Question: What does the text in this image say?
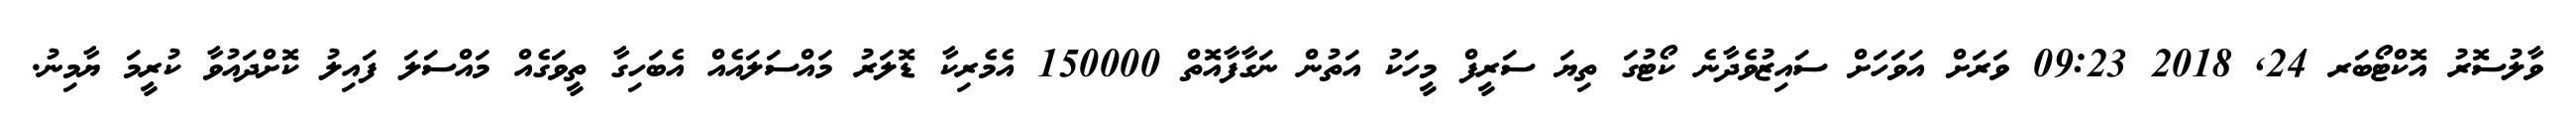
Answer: ވާލުސޮރު އޮކްޓޯބަރ 24, 2018 09:23 ވަރަށް އަވަހަށް ސައިޒުވެދާނެ ކޯޓުގަ ތިޔަ ސަރީފް މީހަކު އަތުން ނަގާފާއޮތް 150000 އެމެރިކާ ޑޮލަރު މައްސަލައެއް އެބަހިގާ ތީވަގެއް މައްސަލަ ފައިލު ކޮށްދައުވާ ކުރީމަ ޔާމިނު.